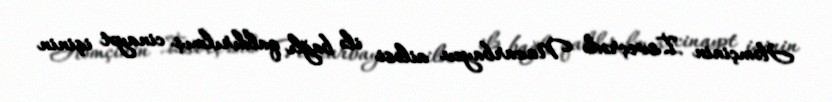
Həmçinin İsveçrədə Nazarbayev ailəsi ilə bağlı qaldırılmış cinayət işinin